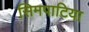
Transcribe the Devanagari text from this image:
सिमपाटिया